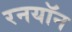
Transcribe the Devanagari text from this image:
रनयॉन